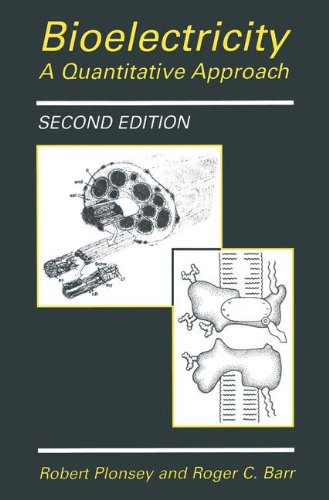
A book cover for Bioelectricity: A Quantitative Approach; Science & Math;